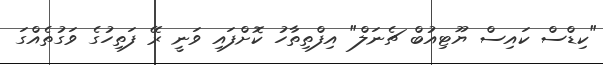
"ކިޑްސް ކައިސް ޔޫޓިއުބް ޗެނަލް" އިފްތިތާހު ކޮށްފައި ވަނީ ރޭ ފަތިހުގެ ވަގުތެއްގަ